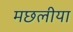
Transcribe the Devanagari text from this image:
मछलीया